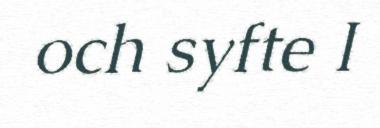
och syfte I